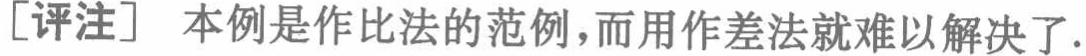
[评注] 本例是作比法的范例，而用作差法就难以解决了.